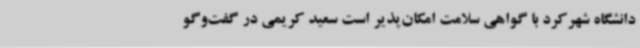
دانشگاه شهرکرد با گواهی سلامت امکان‌پذیر است سعید کریمی در گفت‌وگو